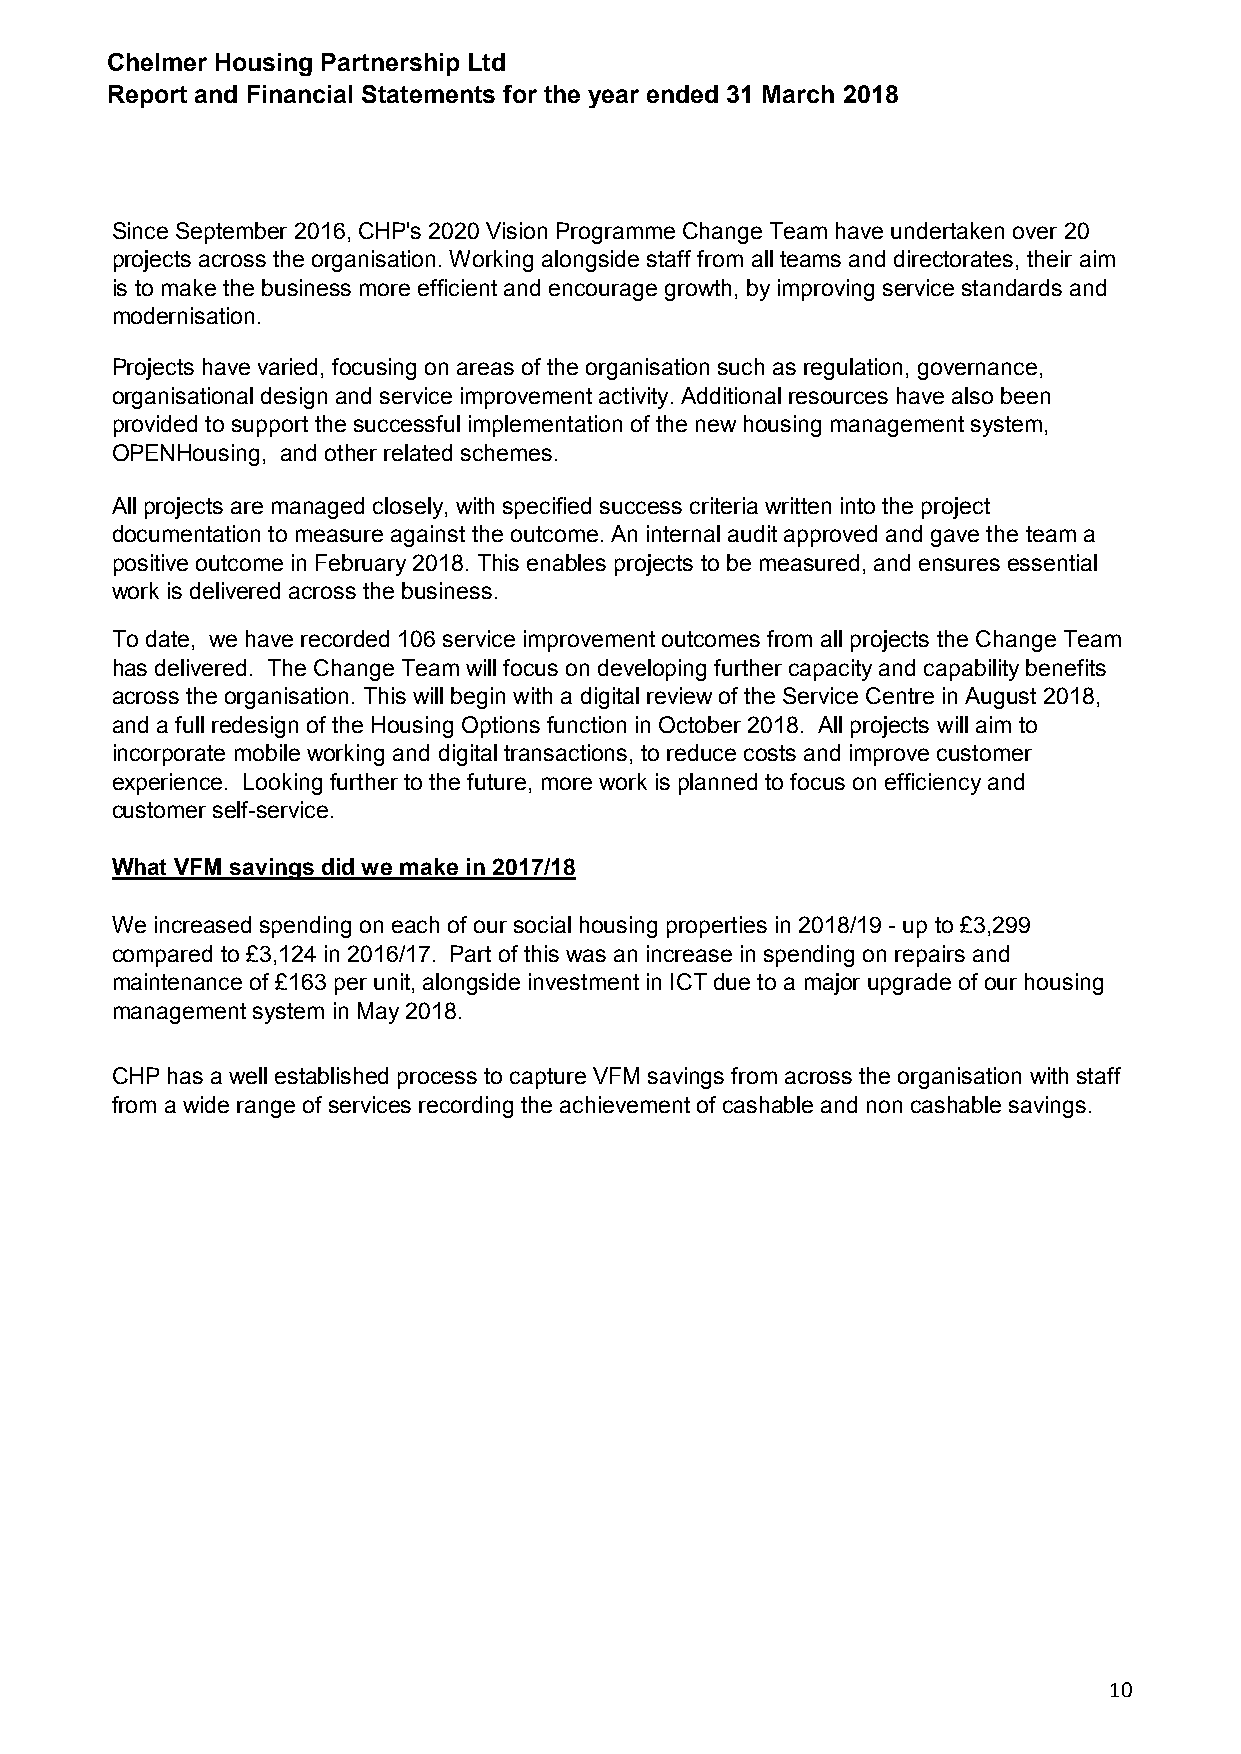
Chelmer Housing Partnership Ltd
 Report and Financial Statements for the year ended 31 March 2018
 Since September 2016, CHP's 2020 Vision Programme Change Team have undertaken over 20
 projects across the organisation. Working alongside staff from all teams and directorates, their aim
 is to make the business more efficient and encourage growth, by improving service standards and
 modernisation.
 Projects have varied, focusing on areas of the organisation such as regulation, governance,
 organisational design and service improvement activity. Additional resources have also been
 provided to support the successful implementation of the new housing management system,
 OPENHousing, and other related schemes.
 All projects are managed closely, with specified success criteria written into the project
 documentation to measure against the outcome. An internal audit approved and gave the team a
 positive outcome in February 2018. This enables projects to be measured, and ensures essential
 work is delivered across the business.
 To date, we have recorded 106 service improvement outcomes from all projects the Change Team
 has delivered. The Change Team will focus on developing further capacity and capability benefits
 across the organisation. This will begin with a digital review of the Service Centre in August 2018,
 and a full redesign of the Housing Options function in October 2018. All projects will aim to
 incorporate mobile working and digital transactions, to reduce costs and improve customer
 experience. Looking further to the future, more work is planned to focus on efficiency and
 customer self-service.
 What VFM savings did we make in 2017/18
 We increased spending on each of our social housing properties in 2018/19 - up to £3,299
 compared to £3,124 in 2016/17. Part of this was an increase in spending on repairs and
 maintenance of £163 per unit, alongside investment in ICT due to a major upgrade of our housing
 management system in May 2018.
 CHP has a well established process to capture VFM savings from across the organisation with staff
 from a wide range of services recording the achievement of cashable and non cashable savings.
 10